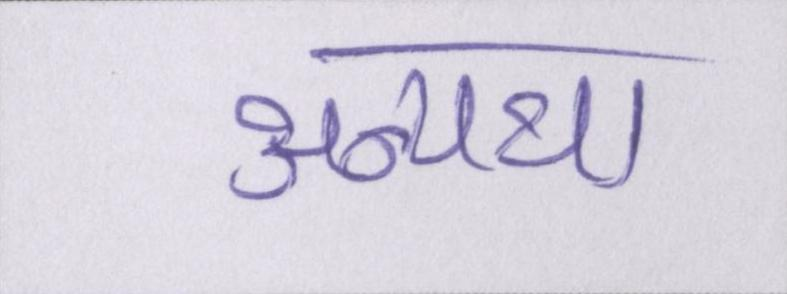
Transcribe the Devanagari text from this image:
अन्यथा